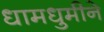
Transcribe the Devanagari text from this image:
धामधुमीने